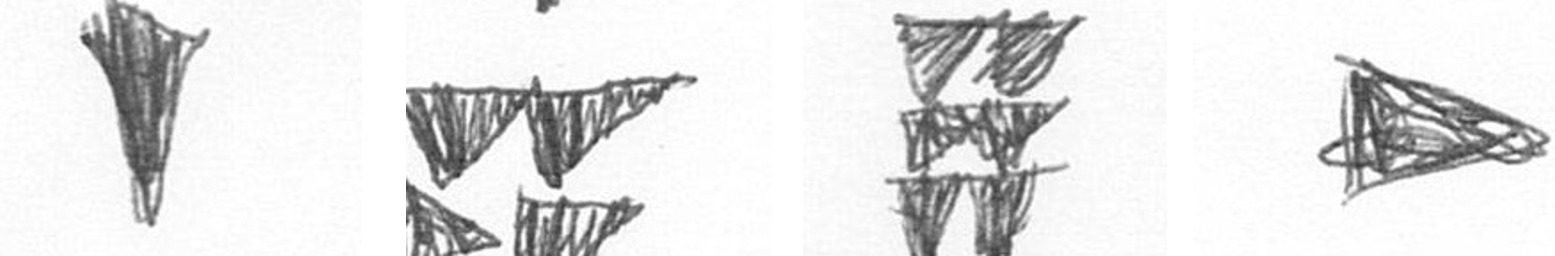
J B Y T